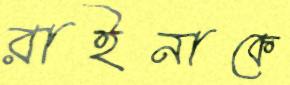
রাইনাকে